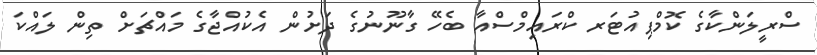
ސްރީލަންކާގެ ކޮމްޕިއުޓަރ ކްރައިމްސްއާ ބެހޭ ގާނޫނުގެ ދަށުން އެކުއްޖާގެ މައްޗަށް ތިން ލައްކަ